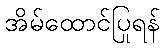
အိမ်ထောင်ပြုရန်